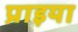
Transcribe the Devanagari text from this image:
प्राइया